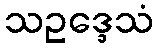
သဥဒ္ဒေသံ